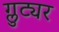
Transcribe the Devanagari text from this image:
ग्लुट्यर